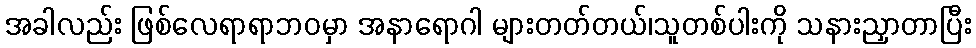
အခါလည်း ဖြစ်လေရာရာဘဝမှာ အနာရောဂါ များတတ်တယ်၊သူတစ်ပါးကို သနားညှာတာပြီး